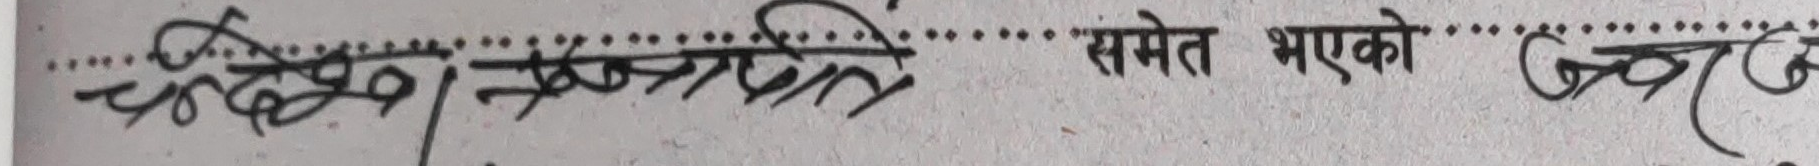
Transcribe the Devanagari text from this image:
प्रदक्षिणा समेत भएको ठूल...